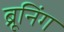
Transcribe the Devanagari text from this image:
ब्रूनिंग